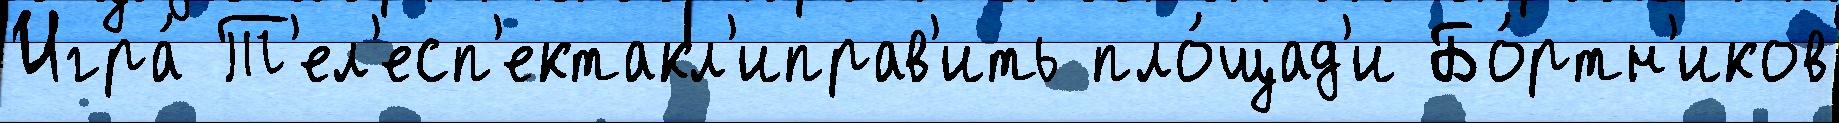
Игра́ Т'ел'есп'ектакл'иправ'ить пло́щад'и Бо́ртн'иков